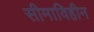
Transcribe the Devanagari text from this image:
सीमाविहीन